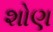
શોણ